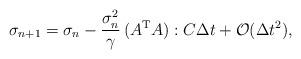
LaTeX: \begin{align*} \sigma_{n+1} = \sigma_n - \frac{\sigma_n^2}{\gamma} \,(A^{\rm T} A):C \Delta t + \mathcal{O}(\Delta t^2) ,\end{align*}